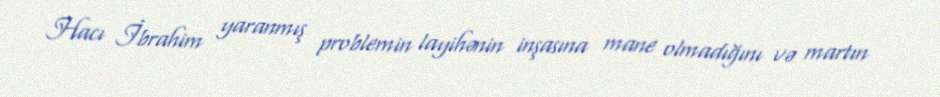
Hacı İbrahim yaranmış problemin layihənin inşasına mane olmadığını və martın